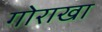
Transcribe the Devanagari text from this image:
गोराखा